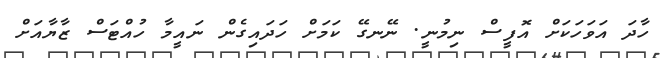
ހާދަ އަވަހަކަށް އޮފީސް ނިމުނީ. ނޭނގޭ ކަމަށް ހަދައިގެން ނައީމާ ހުއްޓަސް ޒާޔާއަށް